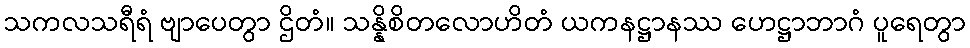
သကလသရီရံ ဗျာပေတွာ ဌိတံ။ သန္နိစိတလောဟိတံ ယကနဋ္ဌာနဿ ဟေဋ္ဌာဘာဂံ ပူရေတွာ